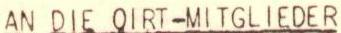
AN DIE QIRT-MITGLIEDER